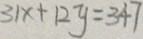
3 1 x + 1 2 y = 3 4 7